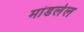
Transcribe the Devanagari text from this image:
मांडलेल